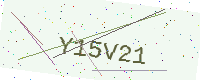
Text: Y15V21